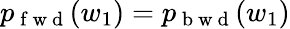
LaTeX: p_{\mathrm{~f~w~d~}}(w_{1})=p_{\mathrm{~b~w~d~}}(w_{1})